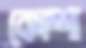
কোপ্পা